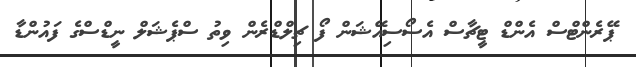
ޕޭރެންޓްސް އެންޑް ޓީޗާސް އެސޯސިއޭޝަން ފޯ ޗިލްޑްރެން ވިތު ސްޕެޝަލް ނީޑްސްގެ ފައުންޑާ